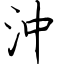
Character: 沖